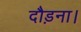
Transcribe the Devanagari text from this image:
दौड़ना।